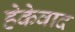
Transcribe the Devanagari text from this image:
हेकेवाद